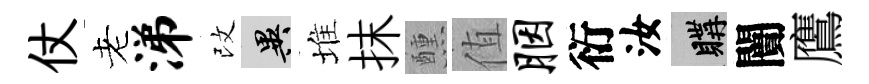
仗老涕改异堆抹醺值胭衍汝購闠鷹